Vaccination in Burma 1900-1911 - 1900-1911
Year: 1900
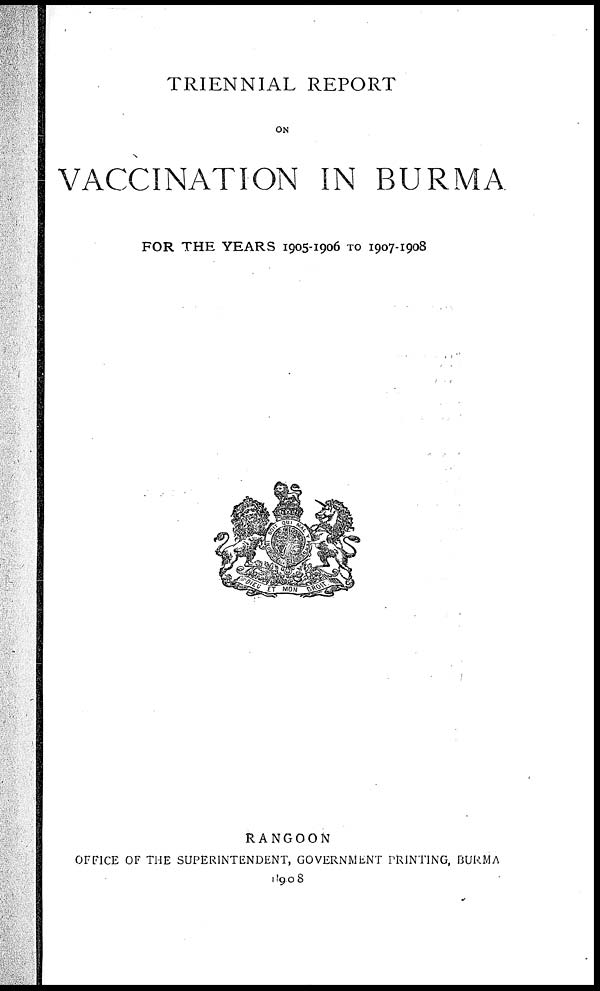
TRIENNIAL REPORT
ON
VACCINATION IN BURMA
FOR THE YEARS 1905-1906 TO 1907-1908
RANGOON
OFFICE OF THE SUPERINTENDENT, GOVERNMENT PRINTING, BURMA
1908